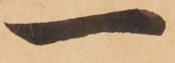
一